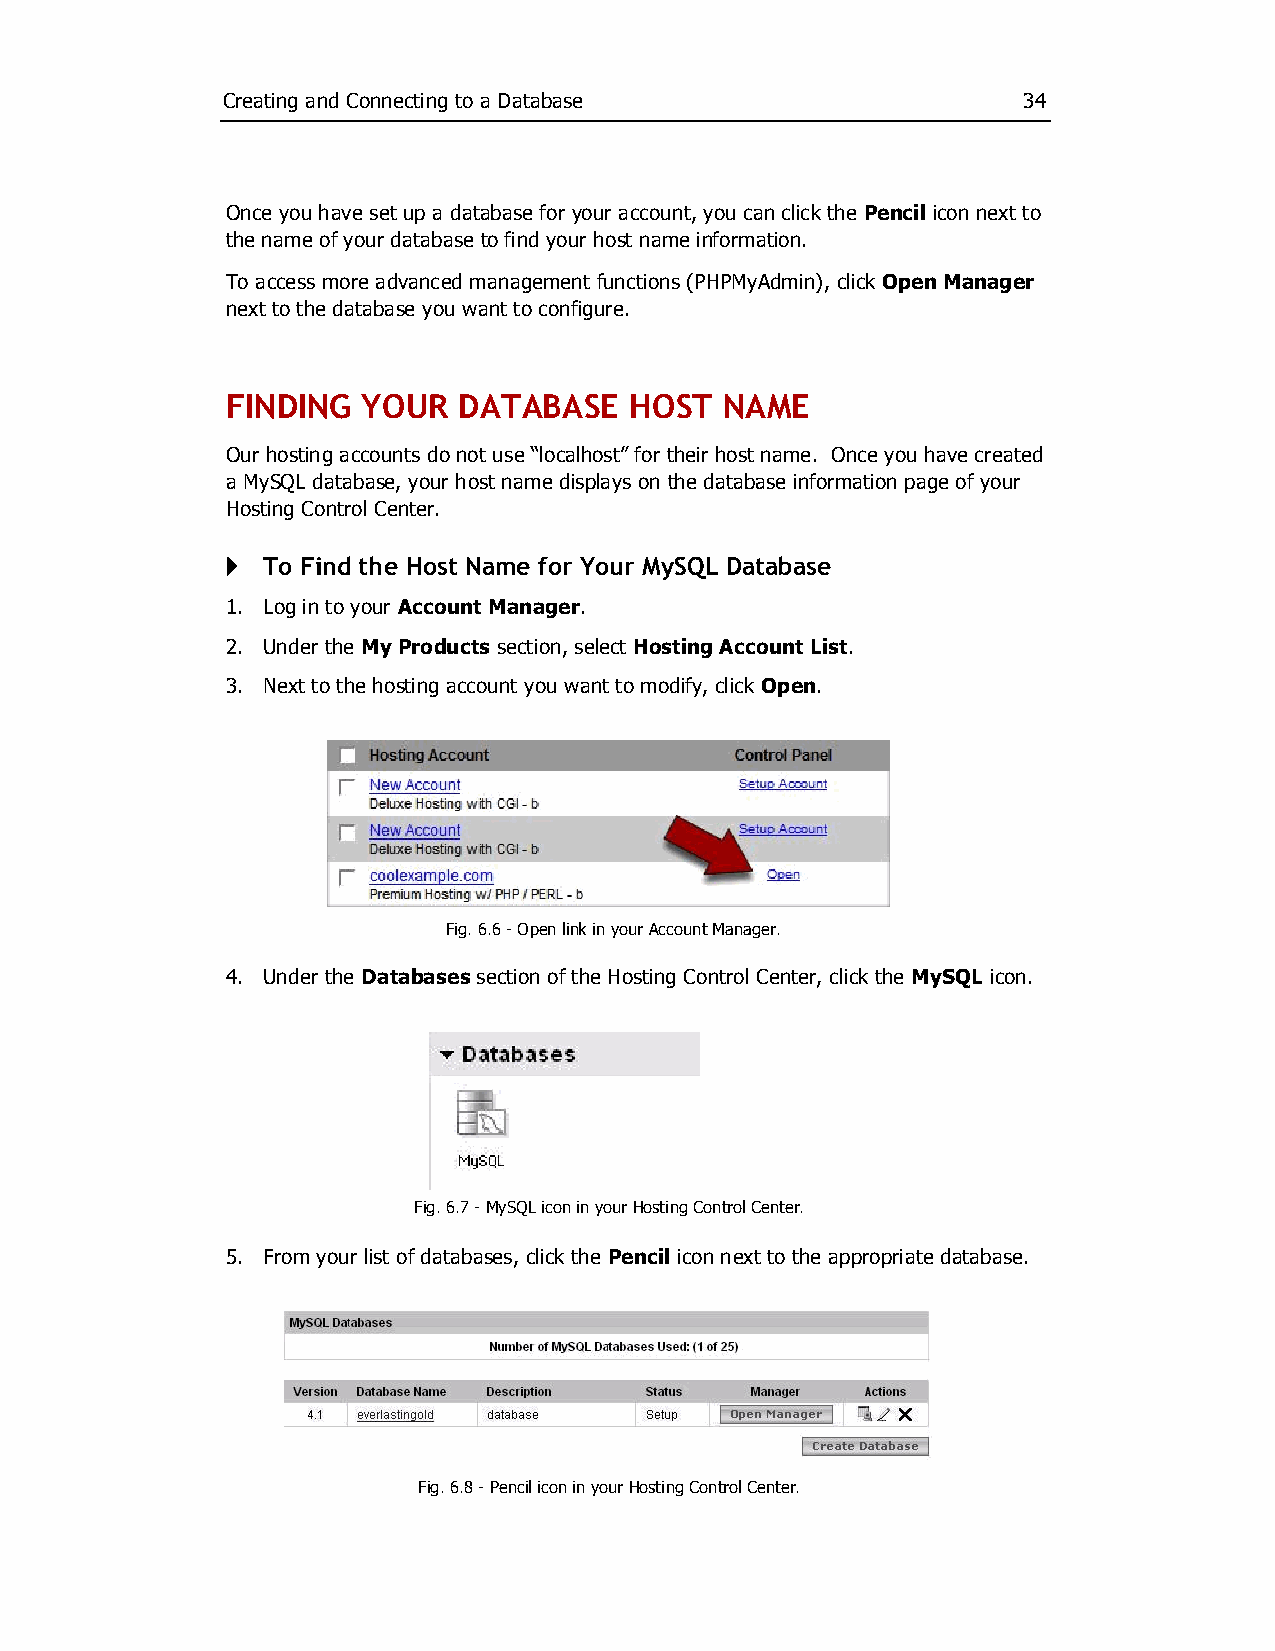
Creating and Connecting to a Database                34
 Once you have set up a database for your account, you can click the Pencil icon next to
 the name of your database to find your host name information.
 To access more advanced management functions (PHPMyAdmin), click Open Manager
 next to the database you want to configure.
 FINDING  YOUR  DATABASE    HOST  NAME
 Our hosting accounts do not use “localhost” for their host name. Once you have created
 a MySQL database, your host name displays on the database information page of your
 Hosting Control Center.
 } To Find the Host Name for Your MySQL Database
 1. Log in to your Account Manager.
 2. Under the My Products section, select Hosting Account List.
 3. Next to the hosting account you want to modify, click Open.
 Fig. 6.6 ­ Open link in your Account Manager.
 4. Under the Databases section of the Hosting Control Center, click the MySQL icon.
 Fig. 6.7 ­ MySQL icon in your Hosting Control Center.
 5. From your list of databases, click the Pencil icon next to the appropriate database.
 Fig. 6.8 ­ Pencil icon in your Hosting Control Center.